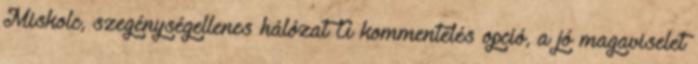
Miskolc, szegénységellenes hálózat A kommentelés opció, a jó magaviselet